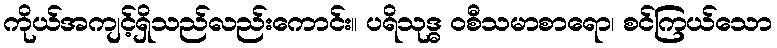
ကိုယ်အကျင့်ရှိသည်လည်းကောင်း။ ပရိသုဒ္ဓ ဝစီသမာစာရော၊ စင်ကြယ်သော